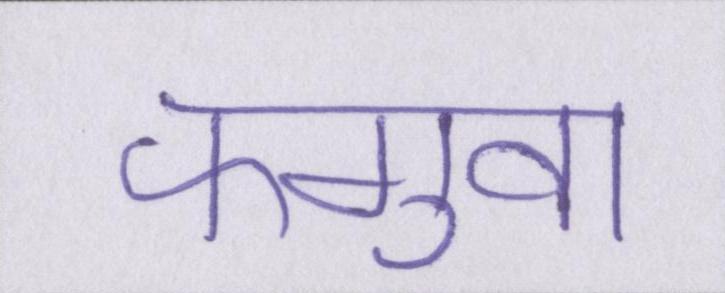
फगुवा